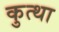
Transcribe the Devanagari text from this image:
कुत्था